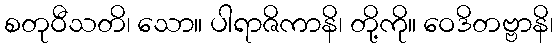
စတုဝီသတိ၊ သော။ ပါရာဇိကာနိ၊ တို့ကို။ ဝေဒိတဗ္ဗာနိ၊